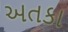
અતકા